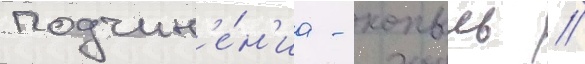
подчин'е́н'иа - копыль //